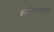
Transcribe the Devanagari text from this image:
दांभिकपणाचे